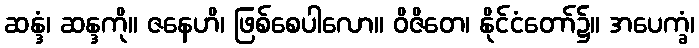
ဆန္ဒံ၊ ဆန္ဒကို။ ဇနေဟိ၊ ဖြစ်စေပါလော။ ဝိဇိတေ၊ နိုင်ငံတော်၌။ အပေက္ခံ၊